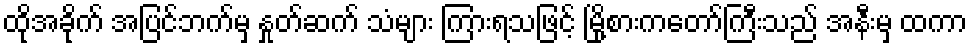
ထိုအခိုက် အပြင်ဘက်မှ နှုတ်ဆက် သံများ ကြားရသဖြင့် မြို့စားကတော်ကြီးသည် အနီးမှ ထကာ